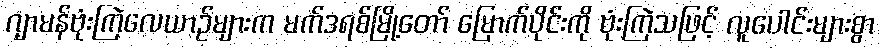
ဂျာမန်ဗုံးကြဲလေယာဉ်များက မက်ဒရစ်မြို့တော် မြောက်ပိုင်းကို ဗုံးကြဲသဖြင့် လူပေါင်းများစွာ